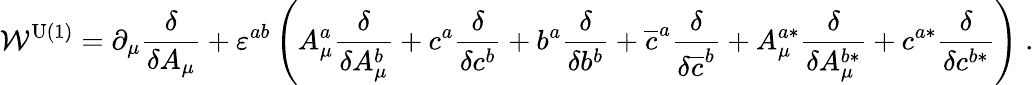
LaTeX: \mathcal{W}^{\mathrm{U(1)}}=\partial_{\mu}\frac\delta{\delta A_{\mu}}+\varepsilon^{ab}\left(A_{\mu}^{a}\frac\delta{\delta A_{\mu}^{b}}+c^{a}\frac\delta{\delta c^{b}}+b^{a}\frac\delta{\delta b^{b}}+\overline{{{c}}}^{a}\frac\delta{\delta\overline{{{c}}}^{b}}+A_{\mu}^{a*}\frac\delta{\delta A_{\mu}^{b*}}+c^{a*}\frac\delta{\delta c^{b*}}\right)\; .